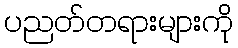
ပညတ်တရားများကို